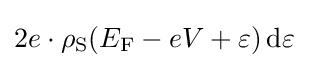
2e\cdot \rho _{\text{S}}(E_{\text{F}}-eV+\varepsilon )\,\mathrm {d} \varepsilon